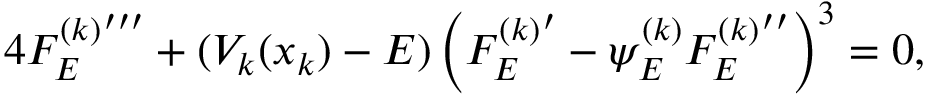
4 { { \cal F } _ { E } ^ { ( k ) } } ^ { \prime \prime \prime } + ( V _ { k } ( x _ { k } ) - E ) \left( { { \cal F } _ { E } ^ { ( k ) } } ^ { \prime } - \psi _ { E } ^ { ( k ) } { { \cal F } _ { E } ^ { ( k ) } } ^ { \prime \prime } \right) ^ { 3 } = 0 ,